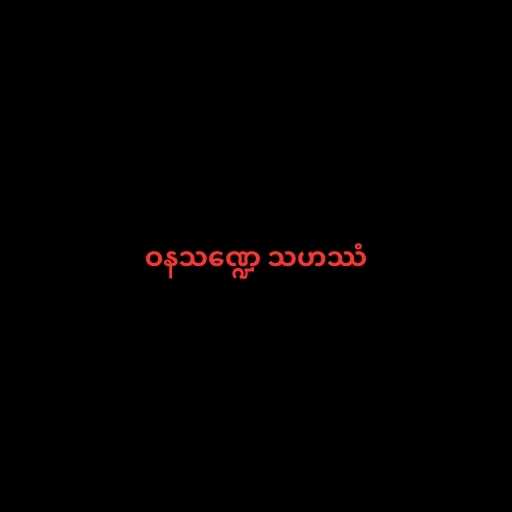
ဝနသဏ္ဍေ သဟဿံ